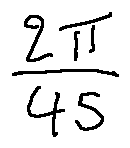
\frac { 2 \pi } { 4 5 }